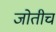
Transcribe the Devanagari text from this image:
जोतीच